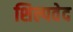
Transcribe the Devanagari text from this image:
शिल्पवेद